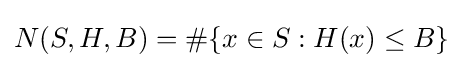
N(S,H,B)=\#\{x\in S:H(x)\leq B\}